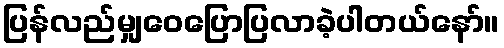
ပြန်လည်မျှဝေပြောပြလာခဲ့ပါတယ်နော်။